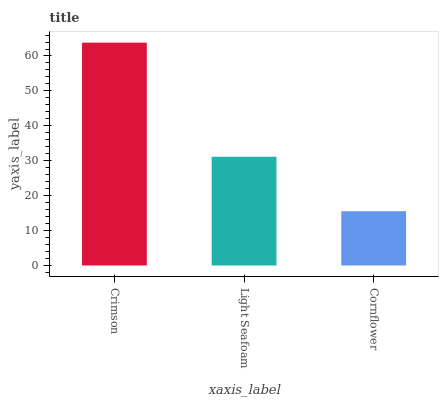
| xaxis_label | bars |
 | --- | --- |
 | Crimson | 63.8 |
 | Light Seafoam | 31.1 |
 | Cornflower | 15.5 |